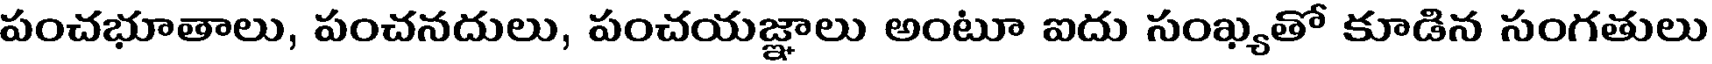
పంచభూతాలు, పంచనదులు, పంచయజ్ఞాలు అంటూ ఐదు సంఖ్యతో కూడిన సంగతులు